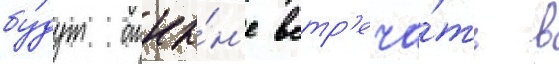
бу́дут отны́н'е встр'еча́ть в